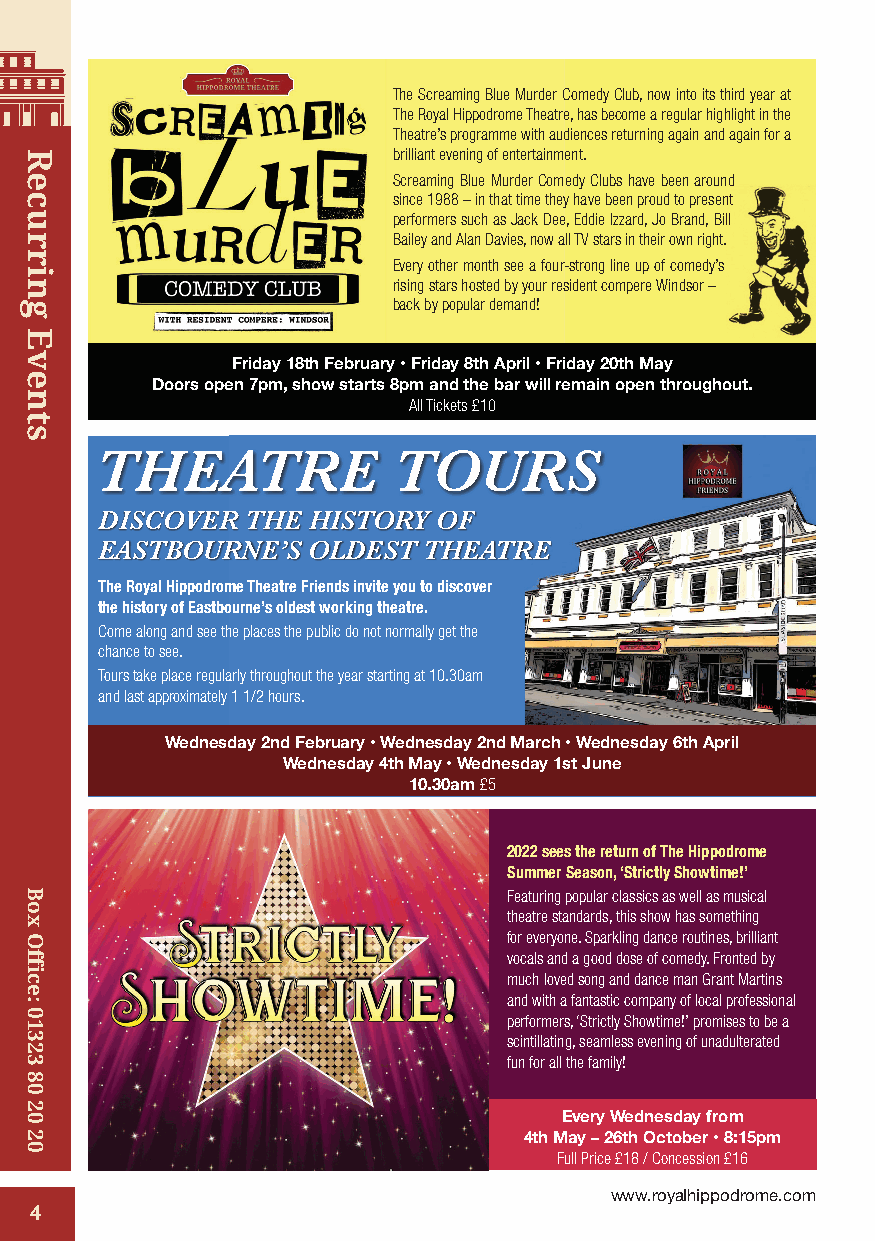
The Screaming Blue Murder Comedy Club, now into its third year at
 The Royal Hippodrome Theatre, has become a regular highlight in the
 Theatre’s programme with audiences returning again and again for a
 brilliant evening of entertainment.
 Screaming Blue Murder Comedy Clubs have been around
 since 1988 – in that time they have been proud to present
 performers such as Jack Dee, Eddie Izzard, Jo Brand, Bill
 Bailey and Alan Davies, now all TV stars in their own right.
 Every other month see a four-strong line up of comedy’s
 rising stars hosted by your resident compere Windsor –
 back by popular demand!
 Friday 18th February • Friday 8th April • Friday 20th May
 Doors open 7pm, show starts 8pm and the bar will remain open throughout.
 All Tickets £10
 THEATRE             TOURS
 DISCOVER THE HISTORY  OF
 EASTBOURNE’S OLDEST  THEATRE
 The Royal Hippodrome Theatre Friends invite you to discover
 the history of Eastbourne’s oldest working theatre.
 Come along and see the places the public do not normally get the
 chance to see.
 Tours take place regularly throughout the year starting at 10.30am
 and last approximately 1 1/2 hours.
 Wednesday 2nd February • Wednesday 2nd March • Wednesday 6th April
 Wednesday 4th May • Wednesday 1st June
 10.30am £5
 2022 sees the return of The Hippodrome
 Summer Season, ‘Strictly Showtime!’
 Featuring popular classics as well as musical
 theatre standards, this show has something
 for everyone. Sparkling dance routines, brilliant
 vocals and a good dose of comedy. Fronted by
 much loved song and dance man Grant Martins
 and with a fantastic company of local professional
 performers, ‘Strictly Showtime!’ promises to be a
 scintillating, seamless evening of unadulterated
 fun for all the family!
 Every Wednesday from 6th May – 28th October 8.1E5vpemry F uWll ePdricnee £s1d7a.5y0 f/r Coomnc e ssion £15
 4th May – 26th October • 8:15pm
 Full Price £18 / Concession £16
 www.royalhippodrome.com
 4
 Recurring
 Events
 Box
 Office:
 01323
 80
 20
 20